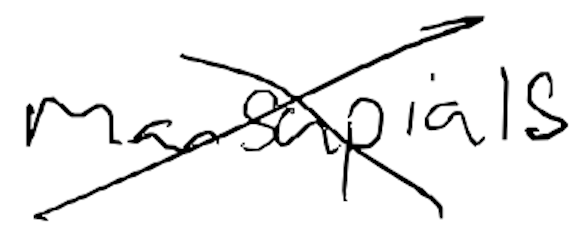
Text: marsupials
Cross-out: cross
Writing tool: digital_black